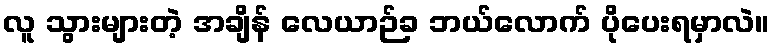
လူ သွားများတဲ့ အချိန် လေယာဉ်ခ ဘယ်လောက် ပိုပေးရမှာလဲ။